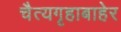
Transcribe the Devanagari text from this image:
चैत्यगृहाबाहेर